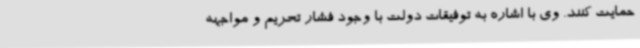
حمایت کنند. وی با اشاره به توفیقات دولت با وجود فشار تحریم و مواجهه